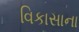
વિકાસાના